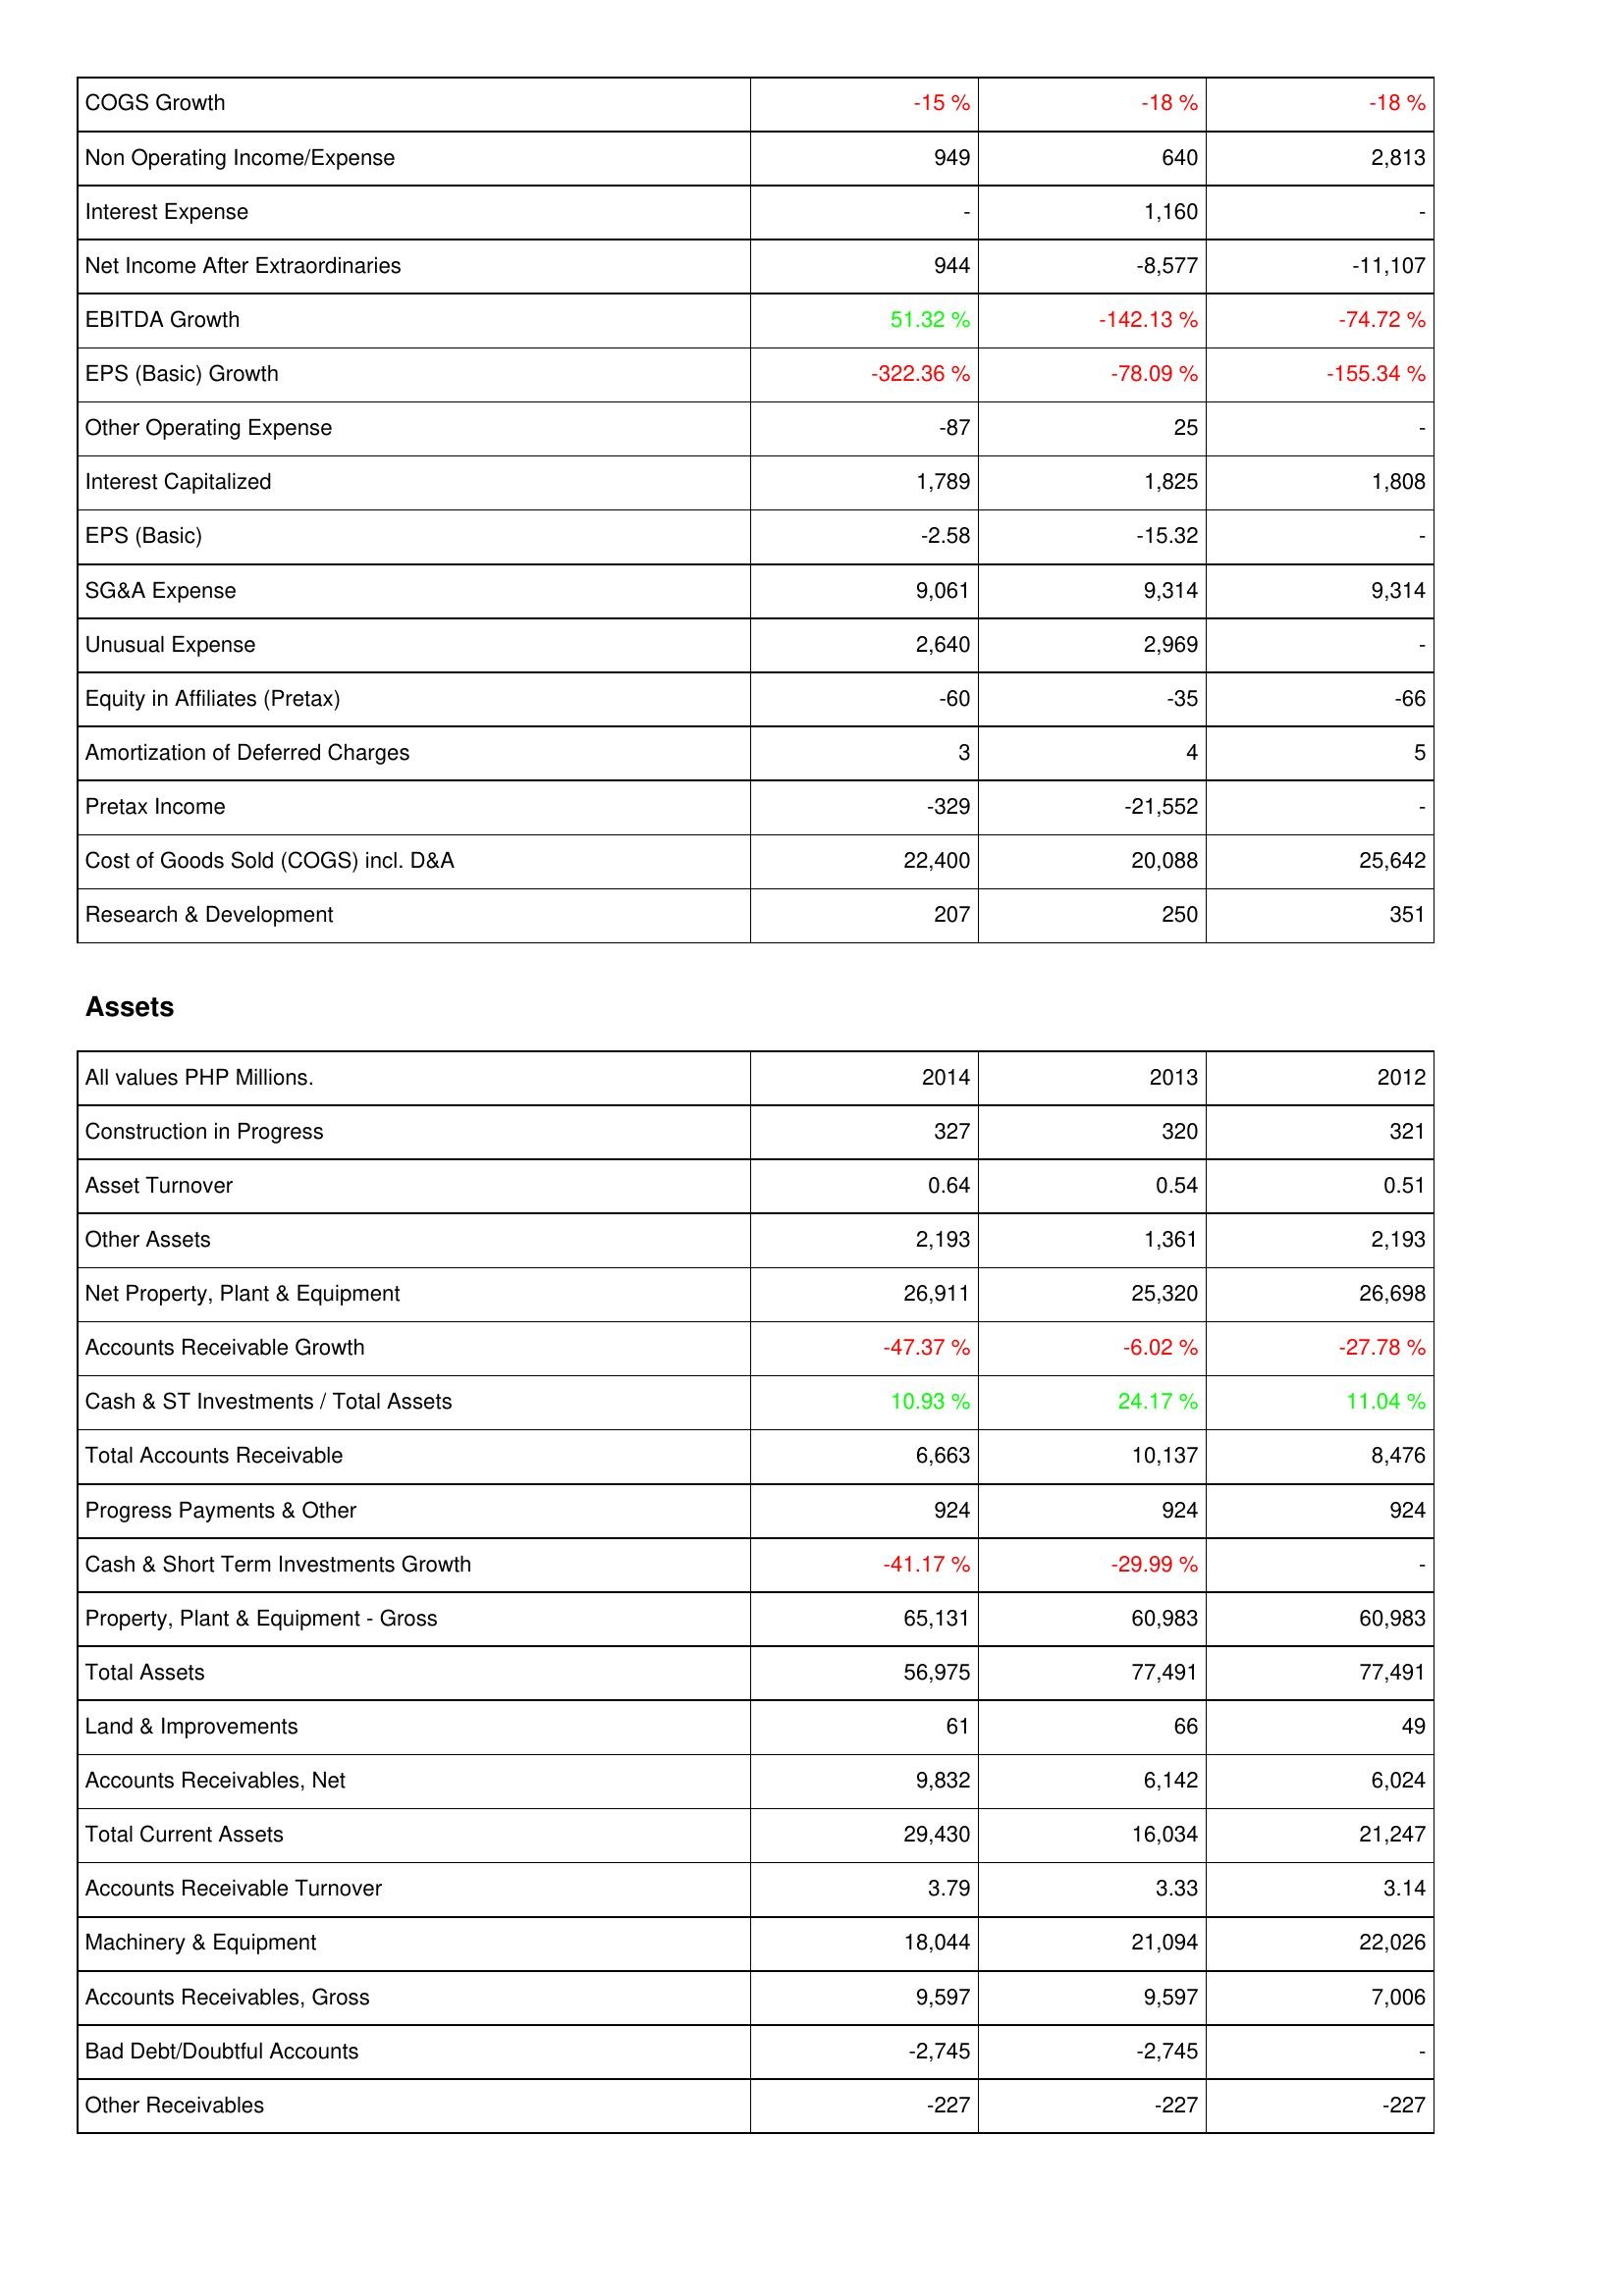
2014: Income Statement: COGS Growth: -15 %
Non Operating Income/Expense: 949
Interest Expense: -
Net Income After Extraordinaries: 944
EBITDA Growth: 51.32 %
EPS (Basic) Growth: -322.36 %
Other Operating Expense: -87
Interest Capitalized: 1,789
EPS (Basic): -2.58
SG&A Expense: 9,061
Unusual Expense: 2,640
Equity in Affiliates (Pretax): -60
Amortization of Deferred Charges: 3
Pretax Income: -329
Cost of Goods Sold (COGS) incl. D&A: 22,400
Research & Development: 207
Assets: Construction in Progress: 327
Asset Turnover: 0.64
Other Assets: 2,193
Net Property, Plant & Equipment: 26,911
Accounts Receivable Growth: -47.37 %
Cash & ST Investments / Total Assets: 10.93 %
Total Accounts Receivable: 6,663
Progress Payments & Other: 924
Cash & Short Term Investments Growth: -41.17 %
Property, Plant & Equipment - Gross: 65,131
Total Assets: 56,975
Land & Improvements: 61
Accounts Receivables, Net: 9,832
Total Current Assets: 29,430
Accounts Receivable Turnover: 3.79
Machinery & Equipment: 18,044
Accounts Receivables, Gross: 9,597
Bad Debt/Doubtful Accounts: -2,745
Other Receivables: -227
2013: Income Statement: COGS Growth: -18 %
Non Operating Income/Expense: 640
Interest Expense: 1,160
Net Income After Extraordinaries: -8,577
EBITDA Growth: -142.13 %
EPS (Basic) Growth: -78.09 %
Other Operating Expense: 25
Interest Capitalized: 1,825
EPS (Basic): -15.32
SG&A Expense: 9,314
Unusual Expense: 2,969
Equity in Affiliates (Pretax): -35
Amortization of Deferred Charges: 4
Pretax Income: -21,552
Cost of Goods Sold (COGS) incl. D&A: 20,088
Research & Development: 250
Assets: Construction in Progress: 320
Asset Turnover: 0.54
Other Assets: 1,361
Net Property, Plant & Equipment: 25,320
Accounts Receivable Growth: -6.02 %
Cash & ST Investments / Total Assets: 24.17 %
Total Accounts Receivable: 10,137
Progress Payments & Other: 924
Cash & Short Term Investments Growth: -29.99 %
Property, Plant & Equipment - Gross: 60,983
Total Assets: 77,491
Land & Improvements: 66
Accounts Receivables, Net: 6,142
Total Current Assets: 16,034
Accounts Receivable Turnover: 3.33
Machinery & Equipment: 21,094
Accounts Receivables, Gross: 9,597
Bad Debt/Doubtful Accounts: -2,745
Other Receivables: -227
2012: Income Statement: COGS Growth: -18 %
Non Operating Income/Expense: 2,813
Interest Expense: -
Net Income After Extraordinaries: -11,107
EBITDA Growth: -74.72 %
EPS (Basic) Growth: -155.34 %
Other Operating Expense: -
Interest Capitalized: 1,808
EPS (Basic): -
SG&A Expense: 9,314
Unusual Expense: -
Equity in Affiliates (Pretax): -66
Amortization of Deferred Charges: 5
Pretax Income: -
Cost of Goods Sold (COGS) incl. D&A: 25,642
Research & Development: 351
Assets: Construction in Progress: 321
Asset Turnover: 0.51
Other Assets: 2,193
Net Property, Plant & Equipment: 26,698
Accounts Receivable Growth: -27.78 %
Cash & ST Investments / Total Assets: 11.04 %
Total Accounts Receivable: 8,476
Progress Payments & Other: 924
Cash & Short Term Investments Growth: -
Property, Plant & Equipment - Gross: 60,983
Total Assets: 77,491
Land & Improvements: 49
Accounts Receivables, Net: 6,024
Total Current Assets: 21,247
Accounts Receivable Turnover: 3.14
Machinery & Equipment: 22,026
Accounts Receivables, Gross: 7,006
Bad Debt/Doubtful Accounts: -
Other Receivables: -227